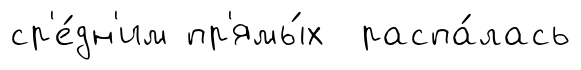
ср'е́дн'им пр'ямы́х распа́лась